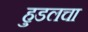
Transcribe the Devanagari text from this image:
हुडलचा